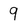
Character: 9